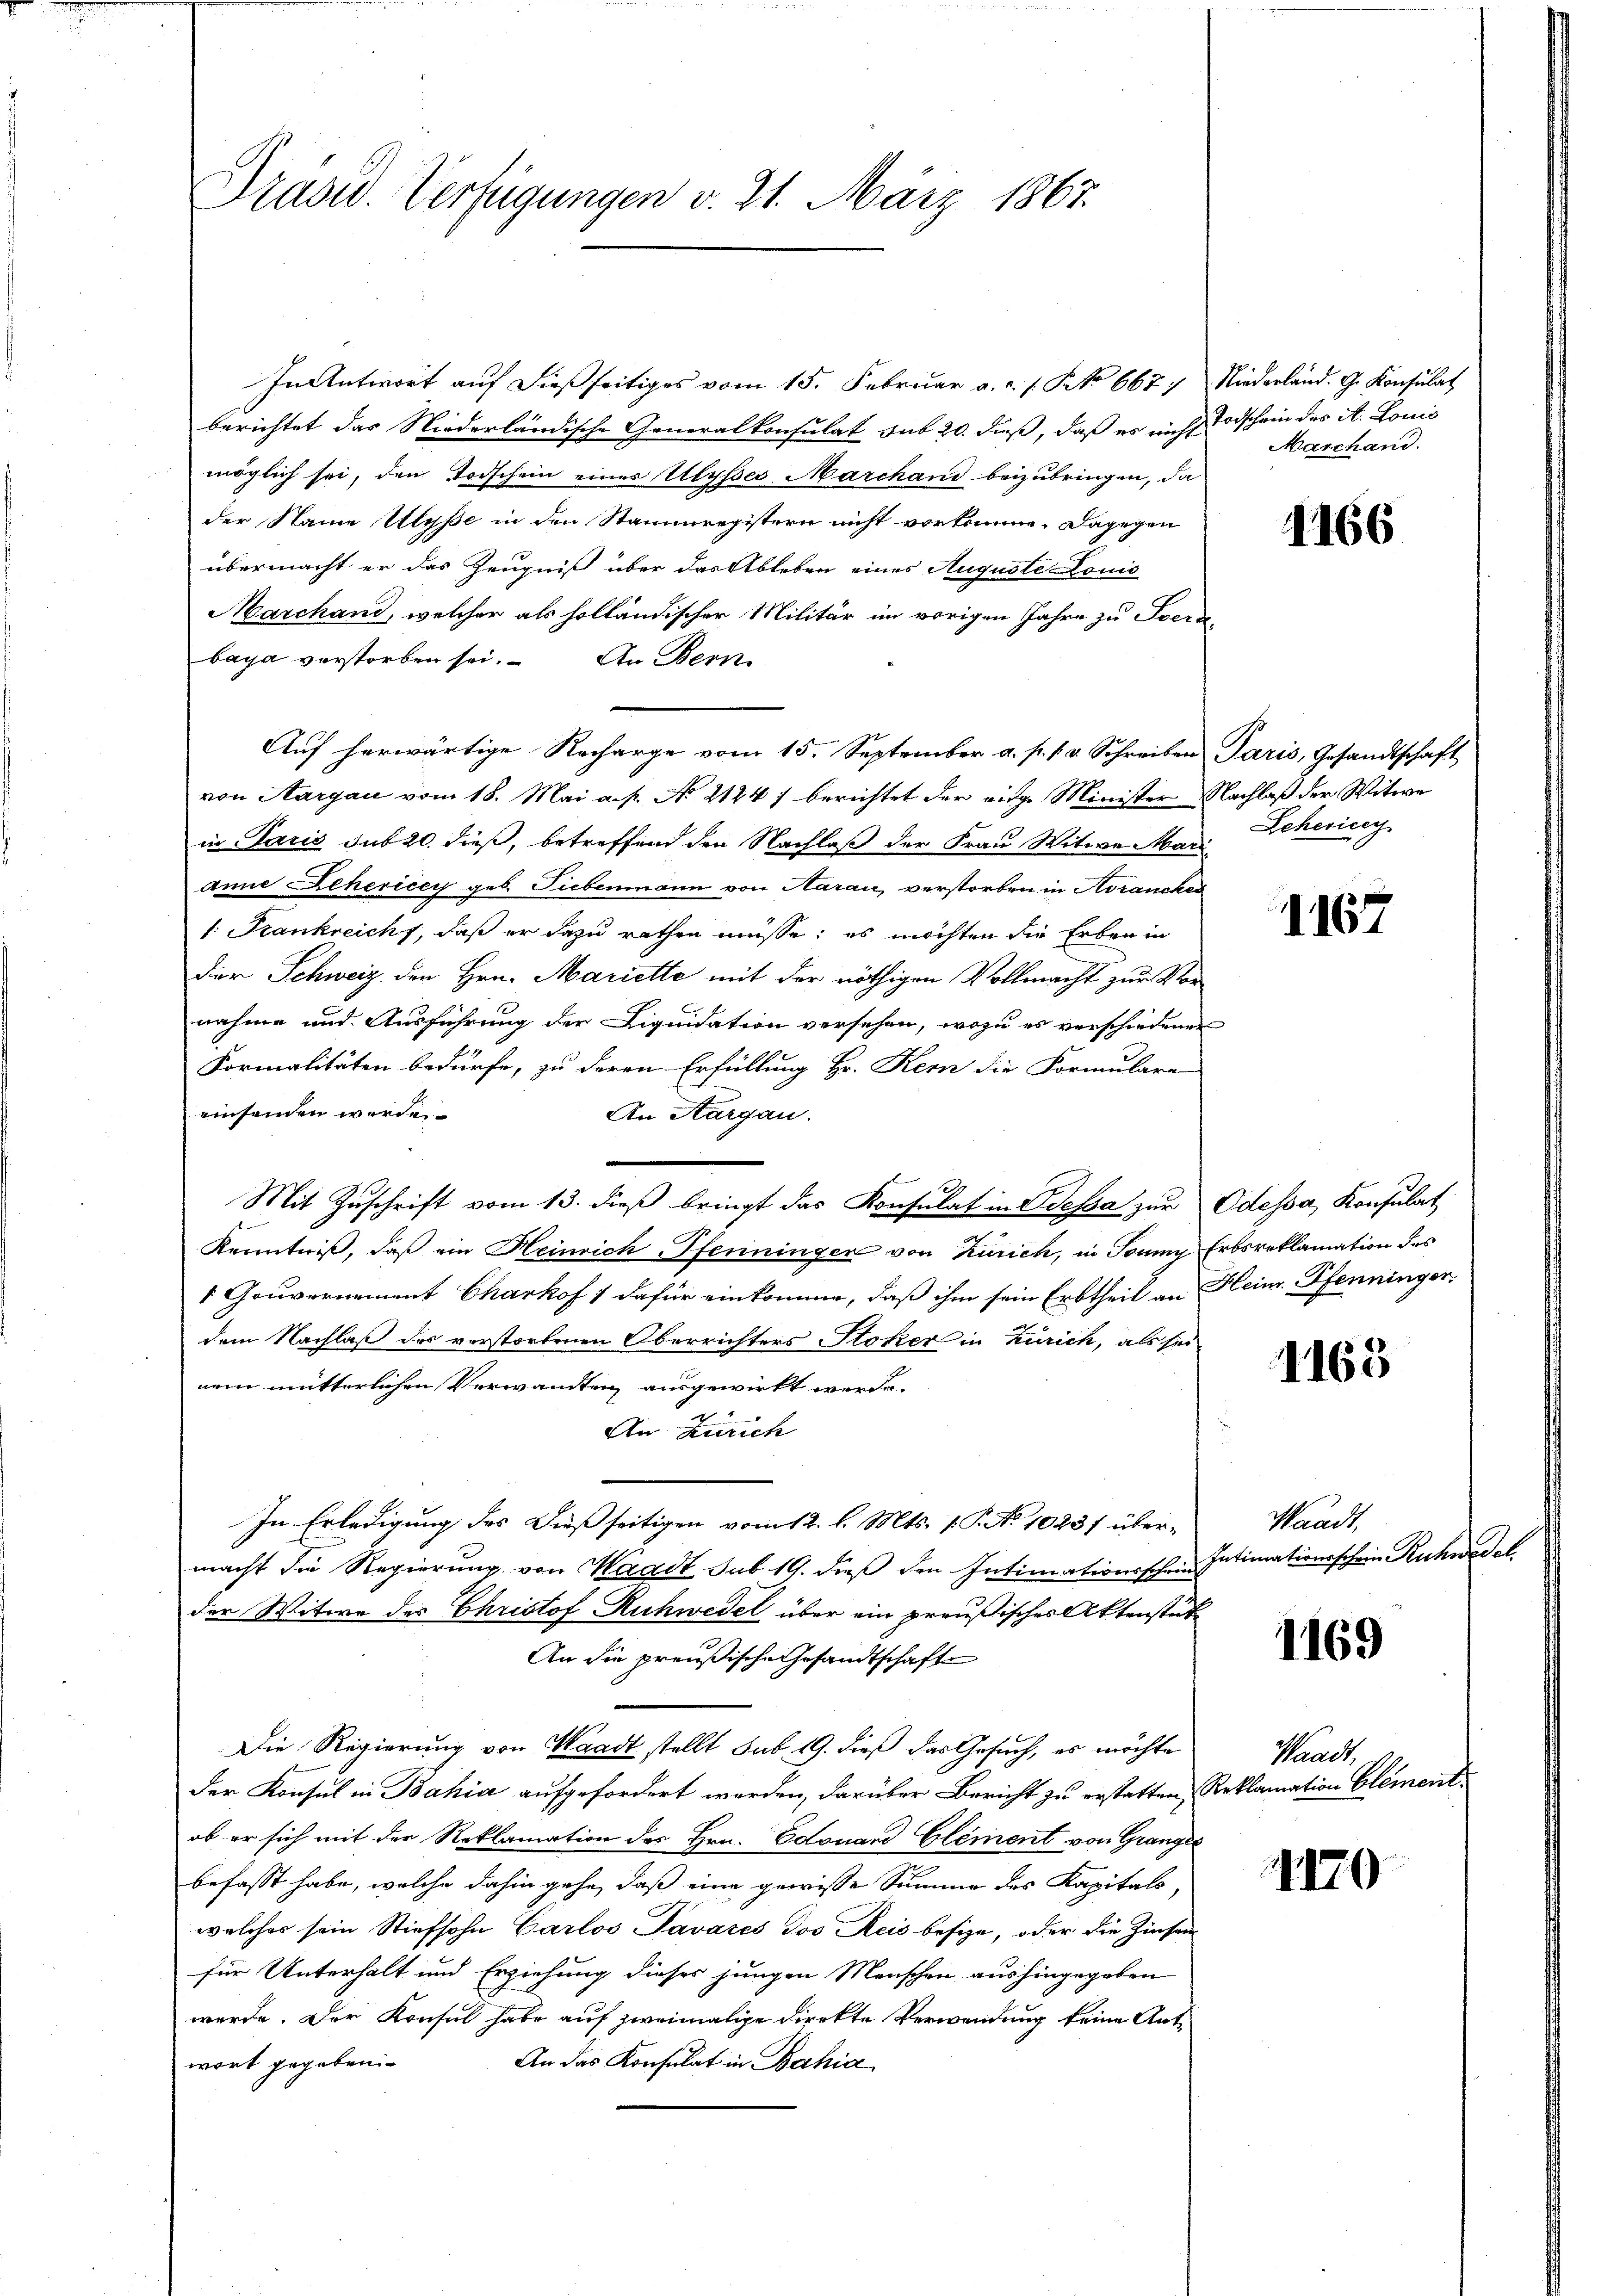
Präsid. Verfügungen v. 21. März 1867.

In Antwort auf dießseitiges vom 15. Februar a.c. s. No 667.
berichtet das Niederländische Generalkonsulat sub 20. dieß, daß es nicht Todschein des A. Louis
möglich sei, den Todschein eines Ulysses Marchand beizubringen, da
der Name Uyße in den Stammregistern nicht vorkomme. Dagegen
übermacht er das Zeugniß über das Ableben eines Auguste Lonić
Marchand, welcher als holländischer Militär im vorigen Jahre zu Iser-
baya verstorben sei. An Bern
Auf herwärtige Recharge vom 15. September a. p. 1. v. Schreiben Paris, Gesandtschaft
von Aargau vom 18. Mai a. p. No. 2144) berichtet der eidge Minister Nachlaß der Witwe
in Paris sub 20. dieß, betreffend den Nachlaß der Frau Witwe Mari
Anne Behericey geb. Liebenmann von Aarau, verstorben in Horancken
1: Frankreicht, daß er dazu rathen müsse; es möchten die Erben in
der Schweiz den Hrn. Marielle mit der nöthigen Vollmacht zur Vornahme und Ausführung der Liquidation versehen, wozu es verschiedene
Formalitäten bedürfe, zu deren Erfüllung Hr. Kern die Formulare
einsenden werde.
An Aargau.
Mit Zŭschrift vom 13. dieß bringt das Konsulat in Odessa zur Odessa, Konsulat
Kenntniß, daß ein Heinrich Pfenninger von Zürich, in Sonny
1 Gouvernement Charkof / dafür einkomme, daß ihm sein Erbtheil an
dem Nachlaß des vorstorbenen Oberrichters Stoker in Zürich, als sei
nem mütterlichen Verwandten ausgewirkt werde.
An Zürich
In Erledigung des Dießseitigen vom 12. l. Mts. 1. P. No 1023/ übermacht die Regierung von Waadt sub 19. dieß den Intimationsschri
der Witwe des Christof Ruchwedel über ein preußisches Aktenstät
An die preußische Gesandtschaft
Die Regierung von Waadt stellt sub. 19. dieß das Gesuch, es möchte
Der Konsul in Bahia aufgefordert werden, darüber Bericht zu erstatten, Reklamation Element.
ob er sich mit der Reklamation des Hrn. Edouard Glement von Grangel
befasst habe, welche dahin gehe, daß eine gewisse Summe des Kapitals,
welches sein Stiefsohn Carlos Pavares dos Reis besize, oder die Zinsen
für Unterhalt und Erziehung dieses jungen Menschen aushingegeben
werde. Der Konsul habe auf zweimalige direkte Verwendung keine Ant¬
An das Konsulat in Bahia
wort gegeben.

Niederland. G. Konsulat
Maschand.

1166

Sehering

1167

Erbsreklamation des
Heinr. Pfenninger.

1163

Waadt,
Intimationsschein Ruchwadel

1169

Waadt

1170